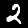
Label: 2